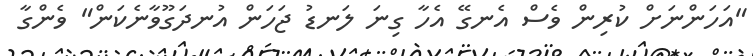
"އަހަންނަށް ކުރިން ވެސް އެނގޭ އެހާ ގިނަ ލަނޑު ޖަހަން އުނދަގޫވާނެކަން" ވެންގާ